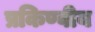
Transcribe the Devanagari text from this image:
प्रकिण्वीय